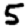
Digit: 5